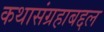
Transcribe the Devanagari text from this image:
कथासंग्रहाबद्दल